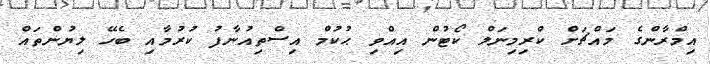
އިމްރާންގެ މައްޗަށް ކްރިމިނަލް ކޯޓުން އިއްވި ޙުކުމް އިސްތިއުނާފު ކުރުމާއި ބެހޭ ލިޔުންތައް